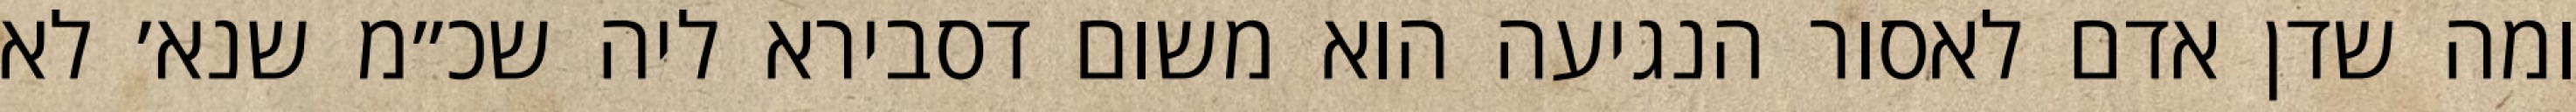
ומה שדן אדם לאסור הנגיעה הוא משום דסבירא ליה שכ״מ שנא׳ לא